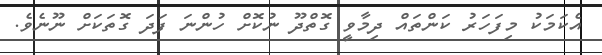
އެކަމަކު މިފަހަރު ކަންތައް ދިމާވީ ގޮތްދޫ ނުކޮށް ހުންނަ ފަދަ ގޮތަކަށް ނޫނެވެ.